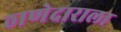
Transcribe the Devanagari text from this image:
ठाणेदाराला